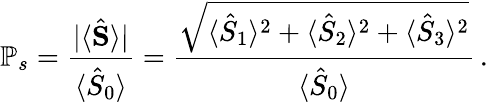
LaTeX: \mathbb{P}_{s}=\frac{\lvert\langle\hat{\mathbf{S}}\rangle\rvert}{\langle\hat{S}_{0}\rangle}=\frac{\sqrt{\langle\hat{S}_{1}\rangle^{2}+\langle\hat{S}_{2}\rangle^{2}+\langle\hat{S}_{3}\rangle^{2}}}{\langle\hat{S}_{0}\rangle}\, .